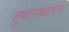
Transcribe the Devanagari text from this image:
तुषाराच्छादन